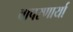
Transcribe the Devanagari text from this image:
वापरणार्या